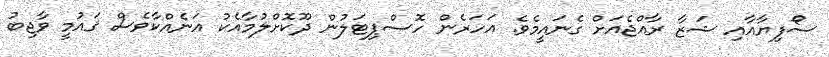
ސޯފިޔާއާއި ޝަޒާ ރާއްޖެއަށް ގެނައީމެވެ. އަހަރެން ހޮސްޕިޓަލުން ދޫކޮށްލުމާއެކު އަނެއްކާވެސް ޤައުމީ ވާޖިބު